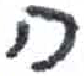
אות: ח